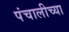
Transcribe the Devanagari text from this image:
पंचालीच्या